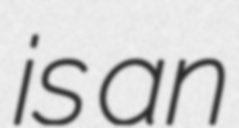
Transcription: is an